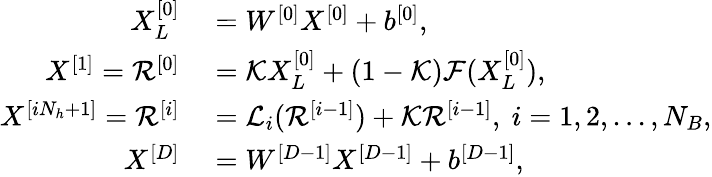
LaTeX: \begin{array}{rl}{X_{L}^{[0]}}&{{}=W^{[0]}X^{[0]}+b^{[0]},}\\ {{X}^{[1]}=\mathcal{R}^{[0]}}&{{}=\mathcal{K}X_{L}^{[0]}+(1-\mathcal{K})\mathcal{F}(X_{L}^{[0]}),}\\ {{X}^{[iN_{h}+1]}=\mathcal{R}^{[i]}}&{{}=\mathcal{L}_{i}(\mathcal{R}^{[i-1]})+\mathcal{K}\mathcal{R}^{[i-1]},\ i=1,2,...,N_{B},}\\ {X^{[D]}}&{{}=W^{[D-1]}X^{[D-1]}+b^{[D-1]},}\end{array}